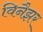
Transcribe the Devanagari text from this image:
विनैझर